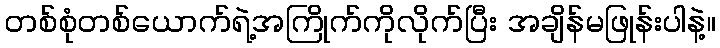
တစ်စုံတစ်ယောက်ရဲ့အကြိုက်ကိုလိုက်ပြီး အချိန်မဖြုန်းပါနဲ့။